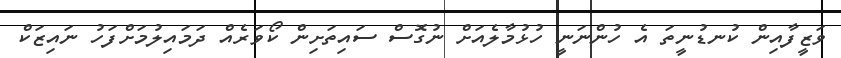
ވަޒީފާއިން ކުނޑުނީތަ އެ ހުންނަނީ ހުޅުމާލެއަށް ނުގޮސް ސައިތަށިން ކޯވަރެއް ދަމައިލުމަށްފަހު ނައިޒަކް